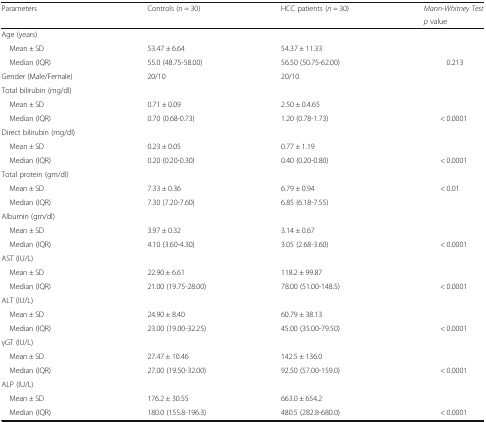
<table><thead><tr><td rowspan="2"><b>Parameters</b></td><td rowspan="2"><b>Controls (n = 30)</b></td><td rowspan="2"><b>HCC patients (<i>n</i> = 30)</b></td><td><b><i>Mann-Whitney Test</i></b></td></tr><tr><td><b><i>p</i> value</b></td></tr></thead><tbody><tr><td colspan="4">Age (years)</td></tr><tr><td> Mean ± SD</td><td>53.47 ± 6.64</td><td>54.37 ± 11.33</td><td></td></tr><tr><td> Median (IQR)</td><td>55.0 (48.75-58.00)</td><td>56.50 (50.75-62.00)</td><td>0.213</td></tr><tr><td>Gender (Male/Female)</td><td>20/10</td><td>20/10</td><td></td></tr><tr><td colspan="4">Total bilirubin (mg/dl)</td></tr><tr><td> Mean ± SD</td><td>0.71 ± 0.09</td><td>2.50 ± 0.4.65</td><td></td></tr><tr><td> Median (IQR)</td><td>0.70 (0.68-0.73)</td><td>1.20 (0.78-1.73)</td><td>&lt; 0.0001</td></tr><tr><td colspan="4">Direct bilirubin (mg/dl)</td></tr><tr><td> Mean ± SD</td><td>0.23 ± 0.05</td><td>0.77 ± 1.19</td><td></td></tr><tr><td> Median (IQR)</td><td>0.20 (0.20-0.30)</td><td>0.40 (0.20-0.80)</td><td>&lt; 0.0001</td></tr><tr><td colspan="4">Total protein (gm/dl)</td></tr><tr><td> Mean ± SD</td><td>7.33 ± 0.36</td><td>6.79 ± 0.94</td><td>&lt; 0.01</td></tr><tr><td> Median (IQR)</td><td>7.30 (7.20-7.60)</td><td>6.85 (6.18-7.55)</td><td></td></tr><tr><td colspan="4">Albumin (gm/dl)</td></tr><tr><td> Mean ± SD</td><td>3.97 ± 0.32</td><td>3.14 ± 0.67</td><td></td></tr><tr><td> Median (IQR)</td><td>4.10 (3.60-4.30)</td><td>3.05 (2.68-3.60)</td><td>&lt; 0.0001</td></tr><tr><td colspan="4">AST (IU/L)</td></tr><tr><td> Mean ± SD</td><td>22.90 ± 6.61</td><td>118.2 ± 99.87</td><td></td></tr><tr><td> Median (IQR)</td><td>21.00 (19.75-28.00)</td><td>78.00 (51.00-148.5)</td><td>&lt; 0.0001</td></tr><tr><td colspan="4">ALT (IU/L)</td></tr><tr><td> Mean ± SD</td><td>24.90 ± 8.40</td><td>60.79 ± 38.13</td><td></td></tr><tr><td> Median (IQR)</td><td>23.00 (19.00-32.25)</td><td>45.00 (35.00-79.50)</td><td>&lt; 0.0001</td></tr><tr><td colspan="4">γGT (IU/L)</td></tr><tr><td> Mean ± SD</td><td>27.47 ± 10.46</td><td>142.5 ± 136.0</td><td></td></tr><tr><td> Median (IQR)</td><td>27.00 (19.50-32.00)</td><td>92.50 (57.00-159.0)</td><td>&lt; 0.0001</td></tr><tr><td colspan="4">ALP (IU/L)</td></tr><tr><td> Mean ± SD</td><td>176.2 ± 30.55</td><td>663.0 ± 654.2</td><td></td></tr><tr><td> Median (IQR)</td><td>180.0 (155.8-196.3)</td><td>480.5 (282.8-680.0)</td><td>&lt; 0.0001</td></tr></tbody></table>